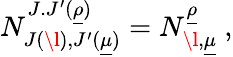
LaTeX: N_{J(\l),J^{\prime}(\underline{{{\mu}}})}^{J.J^{\prime}(\underline{{{\rho}}})}=N_{\l,\underline{{{\mu}}}}^{\underline{{{\rho}}}}\ ,